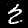
Digit: 2